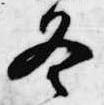
冬